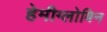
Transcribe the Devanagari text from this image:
हेमीग्लोबिन